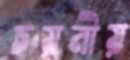
চয়নীয়